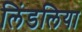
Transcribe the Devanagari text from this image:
लिंडलिया